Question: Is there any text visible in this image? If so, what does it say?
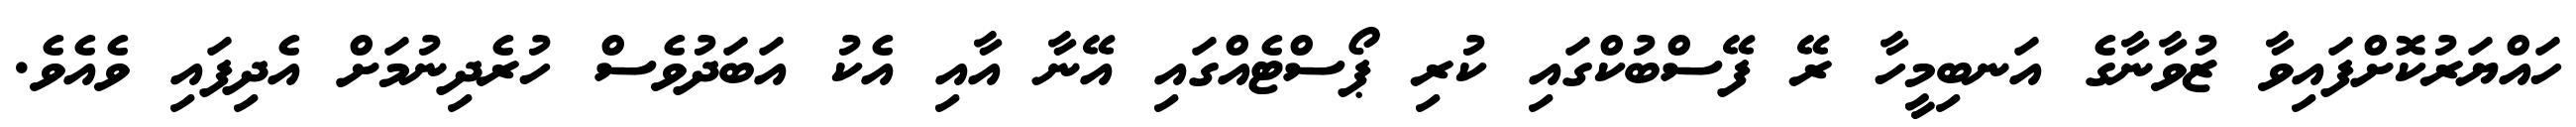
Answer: ހައްޔަރުކޮށްފައިވާ ޒުވާނާގެ އަނބިމީހާ ރޭ ފޭސްބުކްގައި ކުރި ޕޯސްޓެއްގައި އޭނާ އާއި އެކު އަބަދުވެސް ހުރެދިނުމަށް އެދިފައި ވެއެވެ.